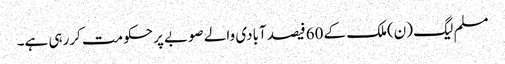
مسلم لیگ (ن)ملک کے 60فیصد آبادی والے صوبے پر حکومت کررہی ہے۔